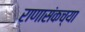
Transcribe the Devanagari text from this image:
राणासंकच्या